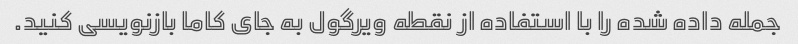
جمله داده شده را با استفاده از نقطه ویرگول به جای کاما بازنویسی کنید.